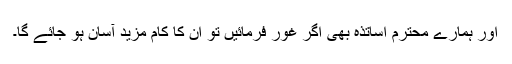
اور ہمارے محترم اساتذہ بھی اگر غور فرمائیں تو ان کا کام مزید آسان ہو جائے گا۔